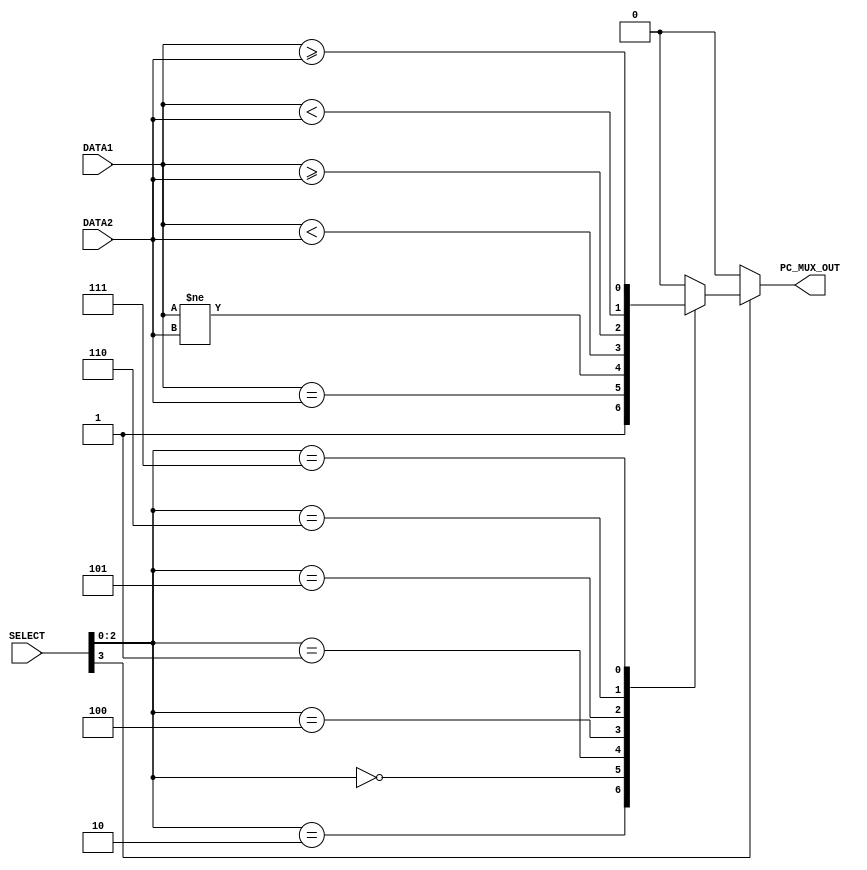
/*******************************/
/*  RV32IM Pipeline - Group 1  */
/*  Branch Control Unit        */
/*******************************/

`timescale 1ns/100ps

module branch_control_unit (DATA1, DATA2, SELECT, PC_MUX_OUT);

    // Define Inputs & Outputs of the unit
    input [31:0] DATA1, DATA2;
    input [3:0] SELECT;
    output reg PC_MUX_OUT;

    // Define Wires to hold intermediate calculations
    wire BEQ, BNE, BLT, BGE, BLTU, BGEU;

    // Comparison calculations
    assign BEQ = DATA1 == DATA2;
    assign BNE = DATA1 != DATA2;
    assign BLT = $signed(DATA1) < $signed(DATA2);
    assign BGE = $signed(DATA1) >= $signed(DATA2);
    assign BLTU = $unsigned(DATA1) < $unsigned(DATA2);
    assign BGEU = $unsigned(DATA1) >= $unsigned(DATA2);

    always @ (*)
    begin
        if (SELECT[3])      // for branch/jump instruction
        begin
            case (SELECT[2:0])
                // for JAL and JALR
                3'b010:
                    PC_MUX_OUT <= #1 1'b1; 
                // for BEQ
                3'b000:
                    PC_MUX_OUT <= #1 BEQ;
                // for BNE
                3'b001:
                    PC_MUX_OUT <= #1 BNE;
                // for BLT
                3'b100:
                    PC_MUX_OUT <= #1 BLT;
                // for BGE
                3'b101:
                    PC_MUX_OUT <= #1 BGE;
                // for BLTU
                3'b110:
                    PC_MUX_OUT <= #1 BLTU; 
                // for BGEU
                3'b111:
                    PC_MUX_OUT <= #1 BGEU; 
                default:
                    PC_MUX_OUT <= #1 1'b0;
            endcase
        end
        else
        begin
            PC_MUX_OUT <= #1 1'b0;
        end
    end
    
endmodule